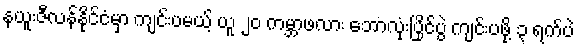
နယူးဇီလန်နိုင်ငံမှာ ကျင်းပမယ့် ယူ ၂၀ ကမ္ဘာဖလား ဘောလုံးပြိုင်ပွဲ ကျင်းပဖို့ ၃ ရက်ပဲ